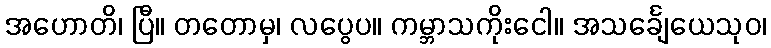
အဟောတိ၊ ပြီ။ တတောမှ၊ လပွေပ။ ကမ္ဘာသကိုးငေါ။ အသင်္ချေယေသုဝ၊